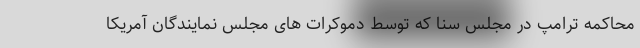
محاکمه ترامپ در مجلس سنا که توسط دموکرات های مجلس نمایندگان آمریکا